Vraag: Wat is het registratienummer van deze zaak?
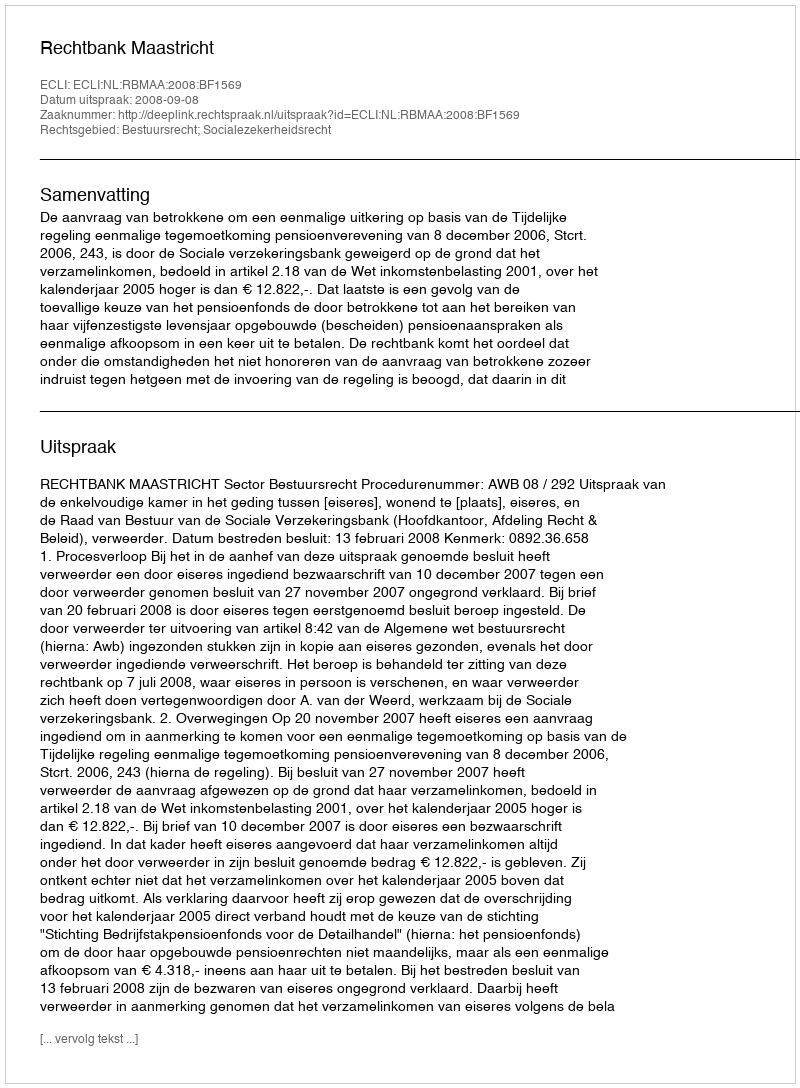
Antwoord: http://deeplink.rechtspraak.nl/uitspraak?id=ECLI:NL:RBMAA:2008:BF1569